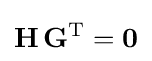
\mathbf {H} \,\mathbf {G} ^{\text{T}}=\mathbf {0}